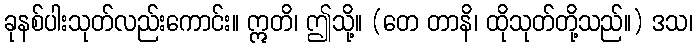
ခုနစ်ပါးသုတ်လည်းကောင်း။ ဣတိ၊ ဤသို့။ (တေ တာနိ၊ ထိုသုတ်တို့သည်။) ဒသ၊